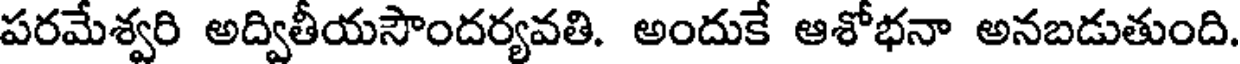
పరమేశ్వరి అద్వితీయసౌందర్యవతి. అందుకే ఆశోభనా అనబడుతుంది.